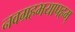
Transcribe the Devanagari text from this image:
नवग्रहभयापहम्